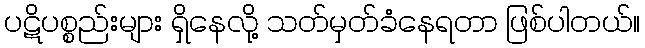
ပဋိပစ္စည်းများ ရှိနေလို့ သတ်မှတ်ခံနေရတာ ဖြစ်ပါတယ်။